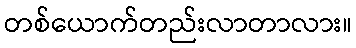
တစ်ယောက်တည်းလာတာလား။